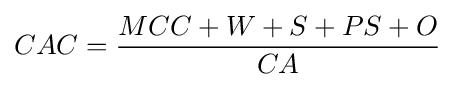
CAC={\frac {MCC+W+S+PS+O}{CA}}